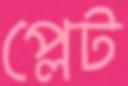
প্লেট